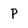
Character: P